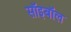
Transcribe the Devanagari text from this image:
सॉइबॉल